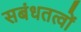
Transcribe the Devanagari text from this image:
सबंधतत्वों